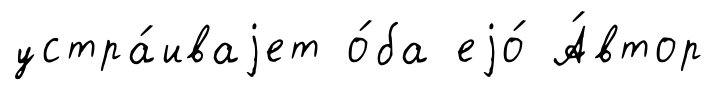
устра́иваjет о́ба еjо́ А́втор